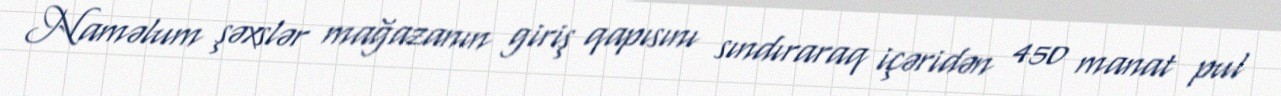
Naməlum şəxslər mağazanın giriş qapısını sındıraraq içəridən 450 manat pul